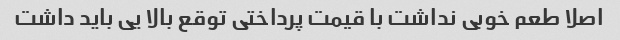
اصلا طعم خوبی نداشت با قیمت پرداختی توقع بالا یی باید داشت